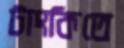
টাংকিতে